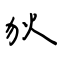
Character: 狄